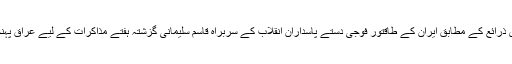
سرکاری ذرائع کے مطابق ایران کے طاقتور فوجی دستے پاسداران انقلاب کے سربراہ قاسم سلیمانی گزشتہ ہفتے مذاکرات کے لیے عراق پہنچے ہیں۔